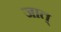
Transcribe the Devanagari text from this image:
जात्